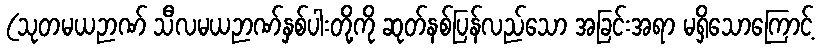
(သုတမယဉာဏ် သီလမယဉာဏ်နှစ်ပါးတို့ကို ဆုတ်နစ်ပြန်လည်သော အခြင်းအရာ မရှိသောကြောင့်